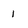
Character: 1